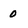
Character: 0